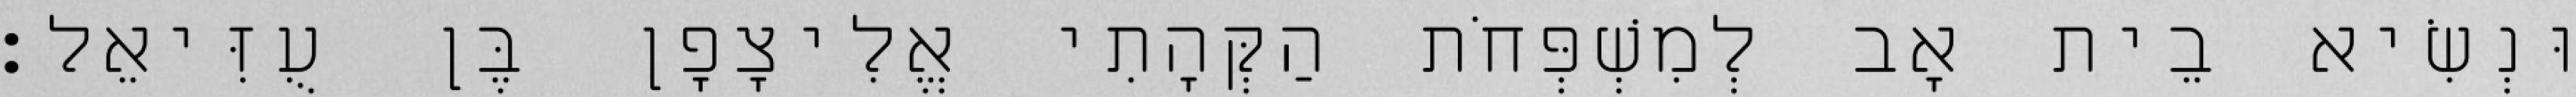
וּנְשִׂיא בֵית אָב לְמִשְׁפְּחֹת הַקְּהָתִי אֱלִיצָפָן בֶּן עֻזִּיאֵל׃